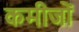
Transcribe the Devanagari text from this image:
कमीजों